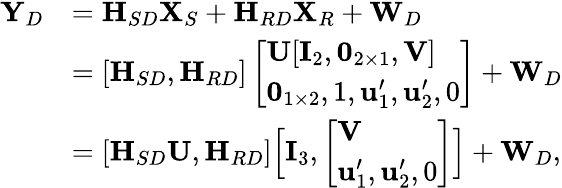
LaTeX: \begin{array}{rl}{{\mathbf Y}_{D}}&{={\textbf H}_{SD}{\mathbf X}_{S}+{\textbf H}_{RD}{\mathbf X}_{R}+{\mathbf W}_{D}}\\ &{=[{\textbf H}_{SD},{\textbf H}_{RD}]\left[\begin{array}{l}{{\mathbf U}[{\mathbf I}_{2},\mathbf{0}_{2\times 1},{\mathbf V}]}\\ {\mathbf{0}_{1\times 2},1,{\mathbf u}_{1}^{\prime},{\mathbf u}_{2}^{\prime},0}\end{array}\right]+{\mathbf W}_{D}}\\ &{=[{\textbf H}_{SD}{\mathbf U},{\textbf H}_{RD}]\Big[{\mathbf I}_{3},\left[\begin{array}{l}{{\mathbf V}}\\ {{\mathbf u}_{1}^{\prime},{\mathbf u}_{2}^{\prime},0}\end{array}\right]\Big]+{\mathbf W}_{D},}\end{array}